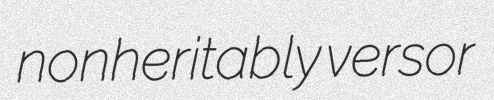
nonheritably versor